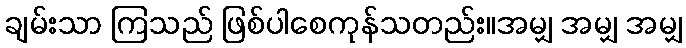
ချမ်းသာ ကြသည် ဖြစ်ပါစေကုန်သတည်း။အမျှ အမျှ အမျှ